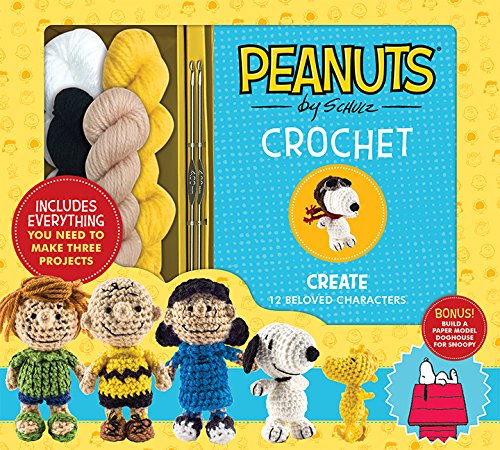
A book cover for Peanuts Crochet (Crochet Kits); Kristen Rask; Crafts, Hobbies & Home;